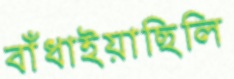
বাঁধাইয়াছিলি